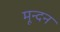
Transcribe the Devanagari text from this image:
मून्दन